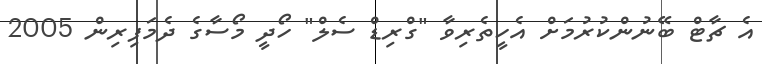
އެ ޗާޓް ބޭނުންކުރުމަށް އެހީތެރިވާ "ގްރިޑް ސެލް" ހޯދީ މޯސާގެ ދެމަފިރިން 2005